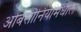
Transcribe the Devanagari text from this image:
अबिसीनियामधील